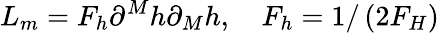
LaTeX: L_{m}=F_{h}\partial^{M}h\partial_{M}h,\quad F_{h}=1/\left(2F_{H}\right)